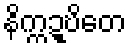
နိက္ကဍ္ဎိတေ